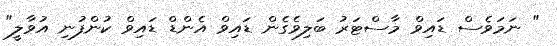
" ނަމަވެސް ޑައިވް މާސްޓަރު ބަލިވެގެން ޑައިވް އެންޑް ޑައިވް ކުންފުނި އުވާލީ"